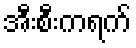
အီးစီးကရက်